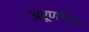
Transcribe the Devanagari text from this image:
अरूणोदय